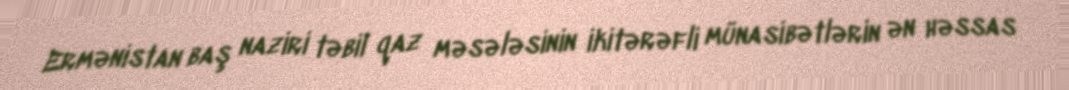
Ermənistan baş naziri təbii qaz məsələsinin ikitərəfli münasibətlərin ən həssas